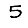
Digit: 5